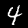
Label: 4